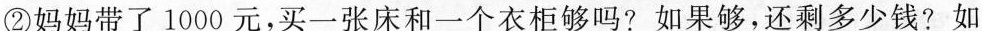
②妈妈带了1000元，买一张床和一个衣柜够吗？如果够，还剩多少钱？如